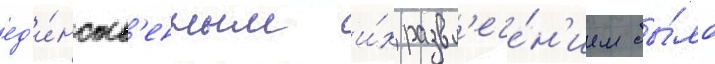
ед'и́нств'енным и́х развл'ече́н'ием бы́ло